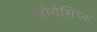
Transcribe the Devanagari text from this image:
लोवेसिच्क